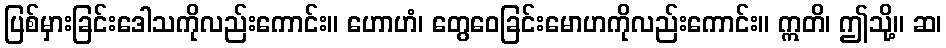
ပြစ်မှားခြင်းဒေါသကိုလည်းကောင်း။ ဟောဟံ၊ တွေဝေခြင်းမောဟကိုလည်းကောင်း။ ဣတိ၊ ဤသို့။ ဆ၊